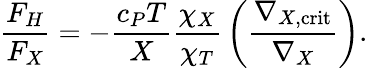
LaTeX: {\frac{F_{H}}{F_{X}}}=-{\frac{c_{P}T}{X}}{\frac{\chi_{X}}{\chi_{T}}}\left({\frac{\nabla_{X,\mathrm{crit}}}{\nabla_{X}}}\right).